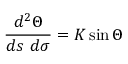
{ \frac { d ^ { 2 } \Theta } { d s \ d \sigma } } = K \sin \Theta